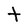
Character: t